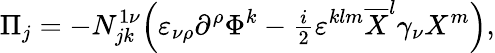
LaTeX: \Pi_{j}=-N_{jk}^{1\nu}\Bigl(\varepsilon_{\nu\rho}\partial^{\rho}\Phi^{k}-{\textstyle\frac i2}\varepsilon^{klm}\overline{{{X}}}^{l}\gamma_{\nu}X^{m}\Bigr),